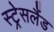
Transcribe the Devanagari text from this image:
स्ट्रेसलैंड